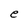
Character: e